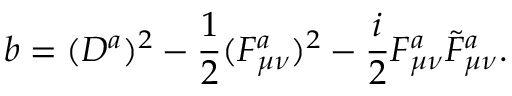
b = ( D ^ { a } ) ^ { 2 } - \frac { 1 } { 2 } ( F _ { \mu \nu } ^ { a } ) ^ { 2 } - \frac { i } { 2 } F _ { \mu \nu } ^ { a } \tilde { F } _ { \mu \nu } ^ { a } .